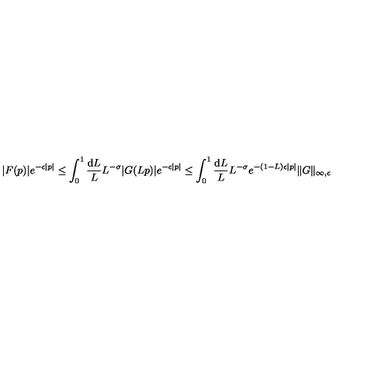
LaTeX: | F ( p ) | e ^ { - \epsilon | p | } \leq \int _ { 0 } ^ { 1 } \frac { \mathrm { d } L } { L } L ^ { - \sigma } | G ( L p ) | e ^ { - \epsilon | p | } \leq \int _ { 0 } ^ { 1 } \frac { \mathrm { d } L } { L } L ^ { - \sigma } e ^ { - ( 1 - L ) \epsilon | p | } \| G \| _ { \infty , \epsilon }